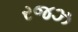
રજઝ